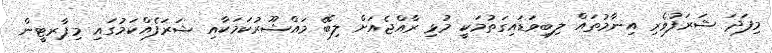
މިފަދަ ޝަރަފުވެރި އިނާމުތައް ލިބިވަޑައިގަތުމަކީ މުޅި ރާއްޖެއަށް ލިބޭ މައްޝޫރުކަމަކާއި ޝަރަފެއްކަމުގައި މިޕާރޓީން